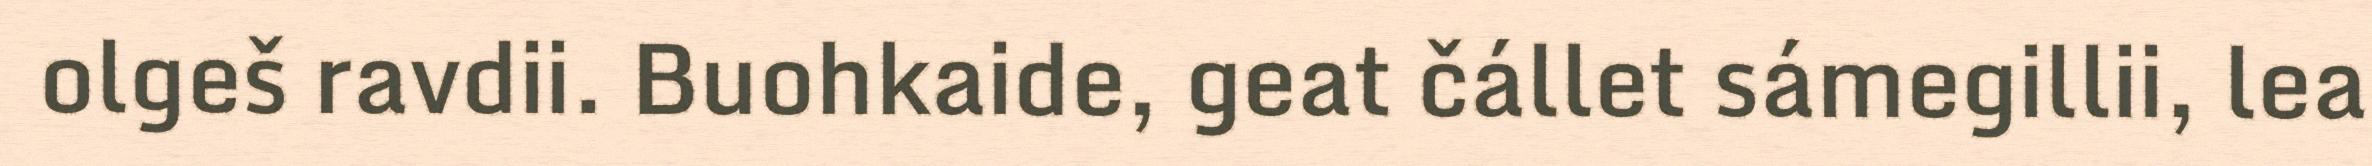
olgeš ravdii. Buohkaide, geat čállet sámegillii, lea